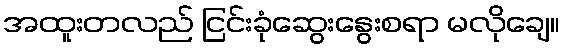
အထူးတလည် ငြင်းခုံဆွေးနွေးစရာ မလိုချေ။